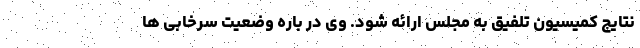
نتایج کمیسیون تلفیق به مجلس ارائه شود. وی در باره وضعیت سرخابی ها